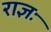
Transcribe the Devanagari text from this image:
राज्ञः